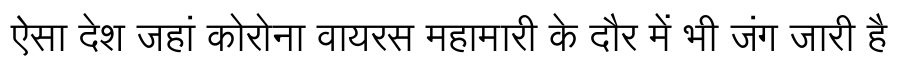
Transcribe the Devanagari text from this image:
ऐसा देश जहां कोरोना वायरस महामारी के दौर में भी जंग जारी है